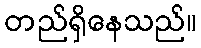
တည်ရှိနေသည်။